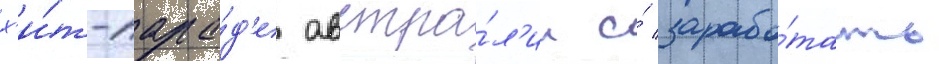
х'и́т-пара́д'е австра́л'ии и́ зарабо́тать